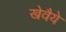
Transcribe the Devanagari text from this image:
खेवैये